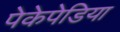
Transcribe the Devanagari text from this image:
पेकेपेडिया